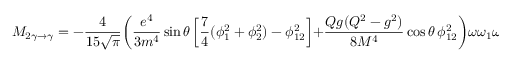
M _ { 2 \gamma \to \gamma } = - \frac { 4 } { 1 5 \sqrt { \pi } } \biggl ( \frac { e ^ { 4 } } { 3 m ^ { 4 } } \sin \theta \left[ \frac { 7 } { 4 } ( \phi _ { 1 } ^ { 2 } + \phi _ { 2 } ^ { 2 } ) - \phi _ { 1 2 } ^ { 2 } \right] + \frac { Q g ( Q ^ { 2 } - g ^ { 2 } ) } { 8 M ^ { 4 } } \cos \theta \, \phi _ { 1 2 } ^ { 2 } \biggr ) \omega \omega _ { 1 } \omega _ { 2 } H \cos 2 \beta